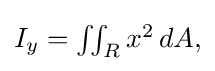
{\textstyle I_{y}=\iint _{R}x^{2}\,dA,}